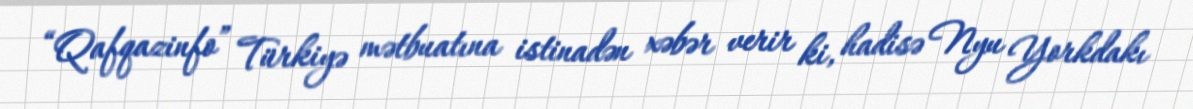
“Qafqazinfo” Türkiyə mətbuatına istinadən xəbər verir ki, hadisə Nyu Yorkdakı